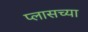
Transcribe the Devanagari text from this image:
प्लासच्या